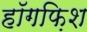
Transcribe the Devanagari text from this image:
हॉगफ़िश